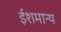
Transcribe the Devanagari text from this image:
ईशमान्य